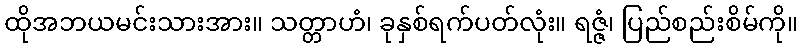
ထိုအဘယမင်းသားအား။ သတ္တာဟံ၊ ခုနှစ်ရက်ပတ်လုံး။ ရဇ္ဇံ၊ ပြည်စည်းစိမ်ကို။